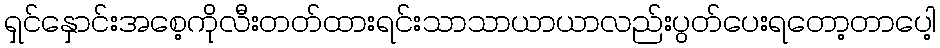
ရှင်နှောင်းအစေ့ကိုလီးတတ်ထားရင်းသာသာယာယာလည်းပွတ်ပေးရတော့တာပေါ့